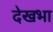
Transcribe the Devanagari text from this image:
देखभा